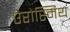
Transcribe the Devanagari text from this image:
ऐरोस्मिथ